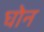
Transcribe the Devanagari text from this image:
घोन